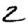
Digit: 2